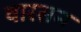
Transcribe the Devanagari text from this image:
वारसन